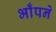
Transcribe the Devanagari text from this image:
भाँपने